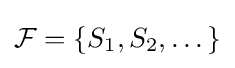
\textstyle {\mathcal {F}}=\{S_{1},S_{2},\dots \}